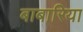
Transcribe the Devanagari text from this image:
बाबारिया